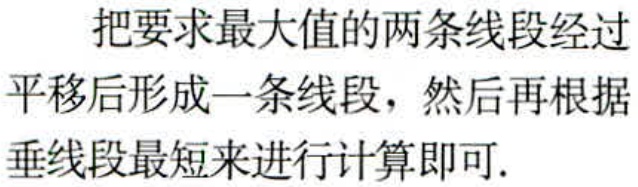
把要求最大值的两条线段经过平移后形成一条线段，然后再根据垂线段最短来进行计算即可.